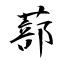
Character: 蔀